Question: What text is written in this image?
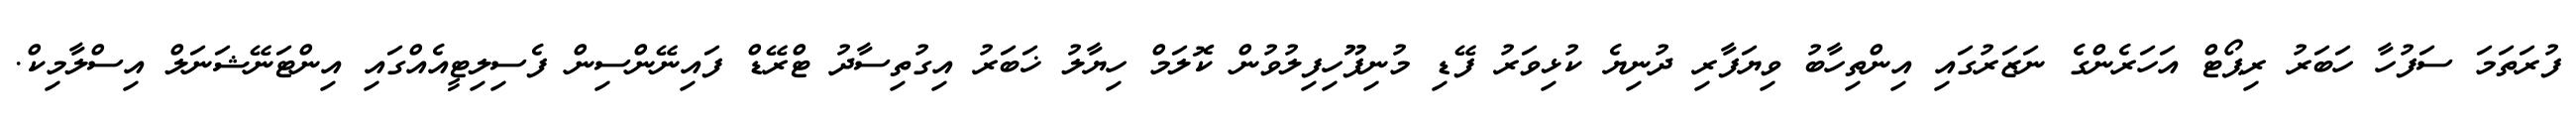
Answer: ފުރަތަމަ ސަފުހާ ހަބަރު ރިޕޯޓް އަހަރެންގެ ނަޒަރުގައި އިންތިހާބު ވިޔަފާރި ދުނިޔެ ކުޅިވަރު ފޭޑި މުނިފޫހިފިލުވުން ކޮލަމް ހިޔާލު ޚަބަރު އިގުތިސާދު ޓްރޭޑް ފައިނޭންސިން ފެސިލިޓީއެއްގައި އިންޓަނޭޝަނަލް އިސްލާމިކް.